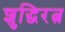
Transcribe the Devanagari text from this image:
शुद्धिरत्न